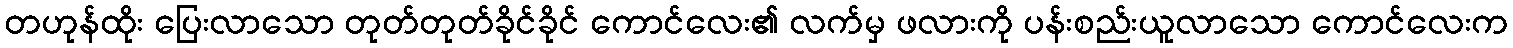
တဟုန်ထိုး ပြေးလာသော တုတ်တုတ်ခိုင်ခိုင် ကောင်လေး၏ လက်မှ ဖလားကို ပန်းစည်းယူလာသော ကောင်လေးက